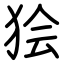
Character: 狯